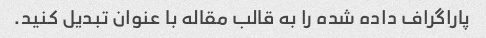
پاراگراف داده شده را به قالب مقاله با عنوان تبدیل کنید.